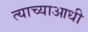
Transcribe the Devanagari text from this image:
त्याच्याआधी